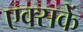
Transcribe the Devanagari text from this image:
एक्सकें